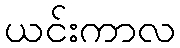
ယင်းကာလ